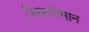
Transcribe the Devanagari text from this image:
विग्रहादिमान